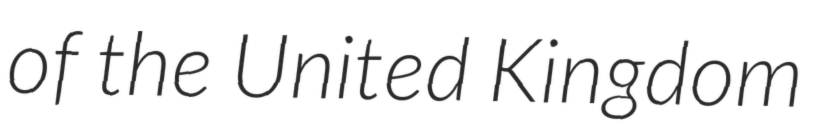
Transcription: of the United Kingdom